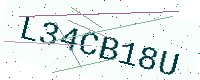
Text: L34CB18U